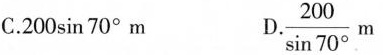
C.200\sin70^{\circ}}m \frac{200}{\sin 70^{\circ}}m